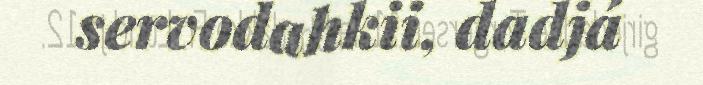
servodahkii, dadjá